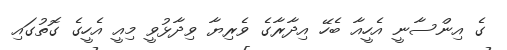
ގެ އިންސާނީ އެހީއާ ބެހޭ އިދާރާގެ ވެރިޔާ ވިދާޅުވީ މިއީ އެހީގެ ގޮތުގައި